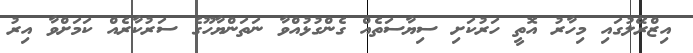
އިޒްރޭލުގައި މިހާރު އޮތީ ހަރުކަށި ސިޔާސަތެއް ގެންގުޅުއްވާ ނަތަންޔާހޫގެ ސަރުކާރެއް ކަމަށްވާ އިރު